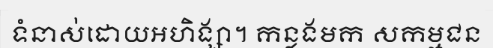
ទំនាស់ដោយអហិង្សា។ កន្លងមក សកម្មជន